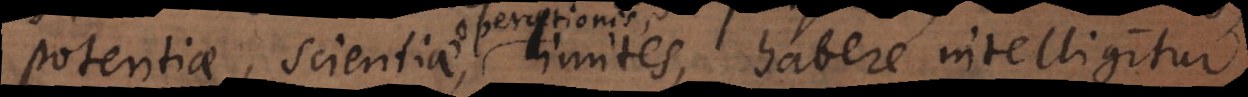
potentiae, scientiae, limites, habere intelligitur,